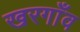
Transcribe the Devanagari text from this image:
खरगाँव